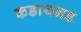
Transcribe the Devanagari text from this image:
कडाथनड